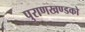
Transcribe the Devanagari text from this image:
पुराणखण्डको